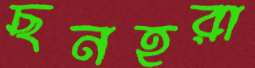
ছনহরা